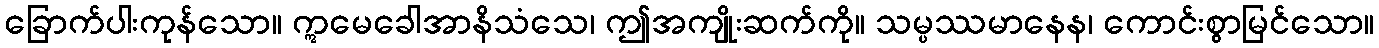
ခြောက်ပါးကုန်သော။ ဣမေခေါအာနိသံသေ၊ ဤအကျိုးဆက်ကို။ သမ္ပဿမာနေန၊ ကောင်းစွာမြင်သော။